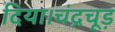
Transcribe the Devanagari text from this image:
दिया।चंद्रचूड़